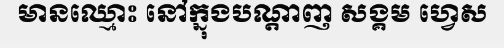
មានឈ្មោះ នៅក្នុងបណ្តាញ សង្គម ហ្វេស